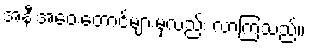
အနီးအဝေးတောင်များမှလည်း လာကြသည်။